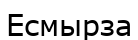
Есмырза